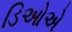
ડિઓએ